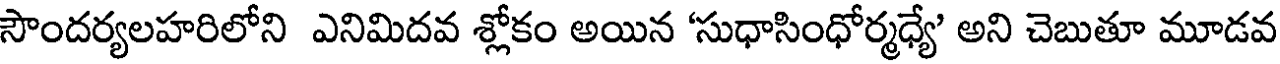
సౌందర్యలహరిలోని ఎనిమిదవ శ్లోకం అయిన 'సుధాసింధోర్మధ్యే' అని చెబుతూ మూడవ